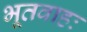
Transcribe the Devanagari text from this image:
भूतवाहः